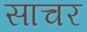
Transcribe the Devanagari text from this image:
साचर